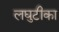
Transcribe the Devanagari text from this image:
लघुटीका